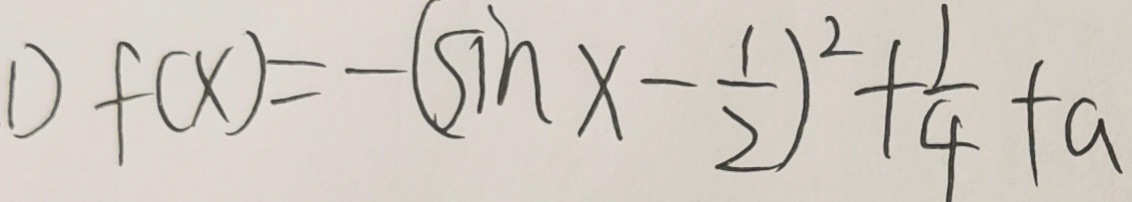
1 ) f ( x ) = - ( \sin x - \frac { 1 } { 2 } ) ^ { 2 } + \frac { 1 } { 4 } + a